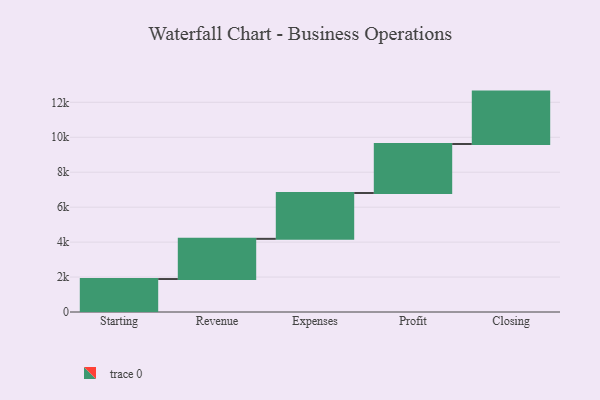
{"axis": {"x": "Step", "y": "Value"}, "legend": [""], "data": [{"x": "Starting", "y": 1887.0, "type": ""}, {"x": "Revenue", "y": 2300.0, "type": ""}, {"x": "Expenses", "y": 2622.0, "type": ""}, {"x": "Profit", "y": 2804.0, "type": ""}, {"x": "Closing", "y": 3000, "type": ""}]}